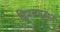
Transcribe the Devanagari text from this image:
द्विपसमूहात